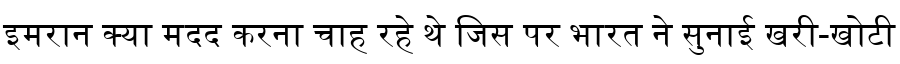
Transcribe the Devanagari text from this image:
इमरान क्या मदद करना चाह रहे थे जिस पर भारत ने सुनाई खरी-खोटी